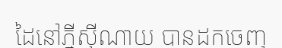
ដៃនៅភ្នីស៊ីណាយ បានដកចេញ